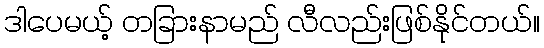
ဒါပေမယ့် တခြားနာမည် လီလည်းဖြစ်နိုင်တယ်။